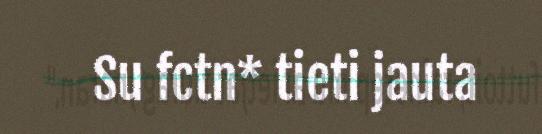
Su fctn* tieti jauta